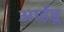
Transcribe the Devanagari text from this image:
आईडू